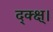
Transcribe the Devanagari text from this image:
द्क्क्ष्।